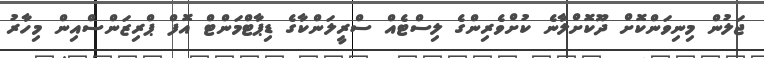
ޖަލުން މިނިވަންކޮށް ދޫކޮށްލާނެ ކުށްވެރިންގެ ލިސްޓެއް ސްރީލަންކާގެ ޑިޕާޓްމަންޓް އޮފް ޕްރިޒަންސްއިން މިހާރު